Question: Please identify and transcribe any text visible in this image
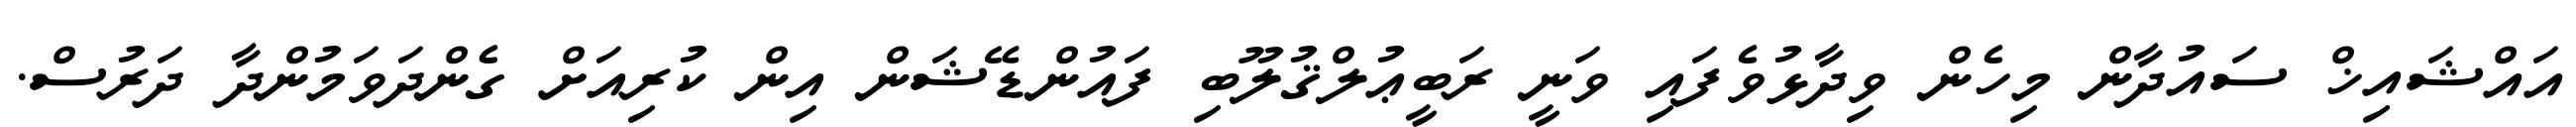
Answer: އައްޝައިޚް ސައުދާން މިހެން ވިދާޅުވެފައި ވަނީ ރަބީޢުލްޤުލޫބި ފައުންޑޭޝަން އިން ކުރިއަށް ގެންދަވަމުންދާ ދަރުސް.